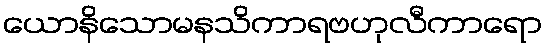
ယောနိသောမနသိကာရဗဟုလီကာရော